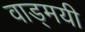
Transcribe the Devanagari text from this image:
वाड्मयी